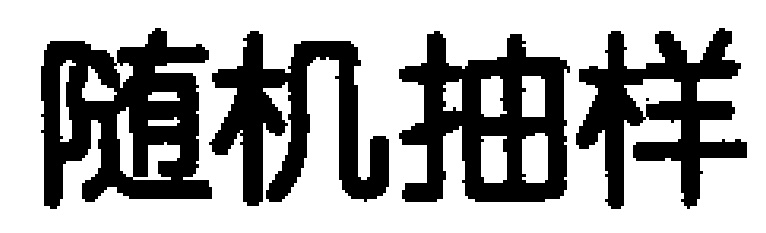
随机抽样